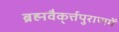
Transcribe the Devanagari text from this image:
ब्रह्मवैक्‌र्त्तपुराणमें